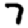
Digit: 7